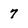
Character: 7